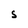
Character: S